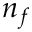
n _ { f }